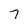
Character: 7